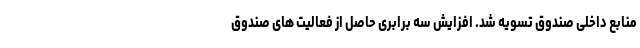
منابع داخلی صندوق تسویه شد. افزایش سه برابری حاصل از فعالیت های صندوق